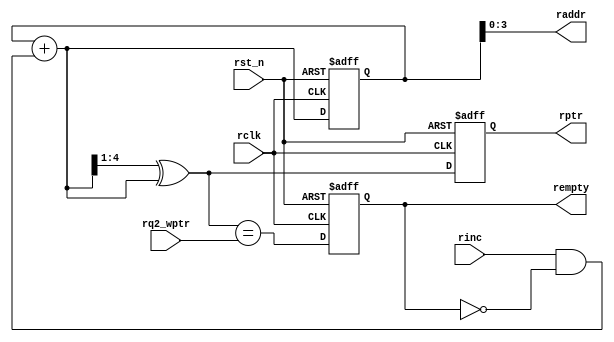
module rptr_empty #(parameter ASIZE = 4)(
	//Input Port
	rq2_wptr,
	rclk,
	rst_n,
	rinc,

    //Output Port
	rptr,
	raddr,
	rempty
); 

input [ASIZE:0] rq2_wptr;
input rclk, rinc, rst_n;

output reg [ASIZE:0] rptr;
output [ASIZE-1:0] raddr;
output reg rempty;
// gray code
reg [ASIZE:0] rbin;
wire [ASIZE:0] rgraynext, rbinnext;

always @(posedge rclk or negedge rst_n)begin
	if(!rst_n)
		{rbin, rptr} <= 0;
	else 
		{rbin, rptr} <= {rbinnext, rgraynext};
end

assign raddr = rbin[ASIZE-1:0];

assign rbinnext = rbin + (rinc & ~rempty);
assign rgraynext = (rbinnext>>1) ^ rbinnext;

// empty
wire rempty_val;
assign rempty_val = (rgraynext == rq2_wptr);

always @(posedge rclk or negedge rst_n)begin
	if(!rst_n)
		rempty <= 1'b1;
	else 
		rempty <= rempty_val;
end



endmodule